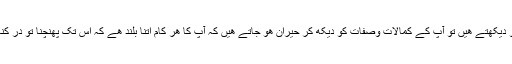
جب ھم حضرت علی ابن ابی طالب علیہ السلام کی ذات گرامی کو دیکھتے ھیں تو آپ کے کمالات وصفات کو دیکھ کر حیران ھو جاتے ھیں کہ آپ کا ھر کام اتنا بلند ھے کہ اس تک پھنچنا تو در کنار آدمی ان کے بارے سوچ بھی نھیں سکتا اس کی وجہ کیا ھے؟